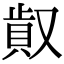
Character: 𠭸